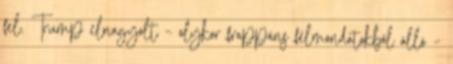
fel. Trump elnagyolt – olykor frappáns félmondatokból álló –